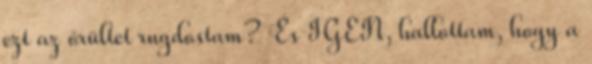
ezt az őrültet rugdostam? És IGEN, hallottam, hogy a